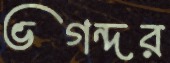
ভগন্দর